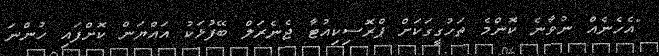
"އެހެނެއް ނުވާނެ ކޮންމެ ތަހުގީގަކަށް ޕްރޮސިކިއުޓާ ޖެނެރަލް ބޭފުޅަކު އައްޔަން ކޮށްފައި ހުންނަ